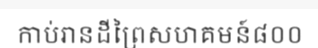
កាប់រានដីព្រៃសហគមន៍៨០០